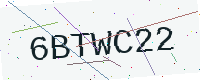
Text: 6BTWC22